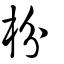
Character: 枌